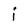
Character: i